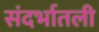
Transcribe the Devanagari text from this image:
संदर्भातली